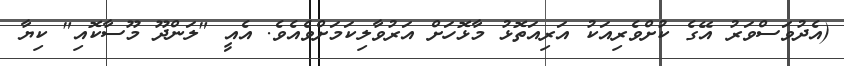
(އެދުވަސްވަރު އޭގެ ކުށްވެރިއަކު އަރިއަތޮޅު މާޅޮހަށް އަރުވާލިކަމަށްވެއެވެ. އެއީ "ލަންދޫ މޫސާކޮއި" ކިޔާ